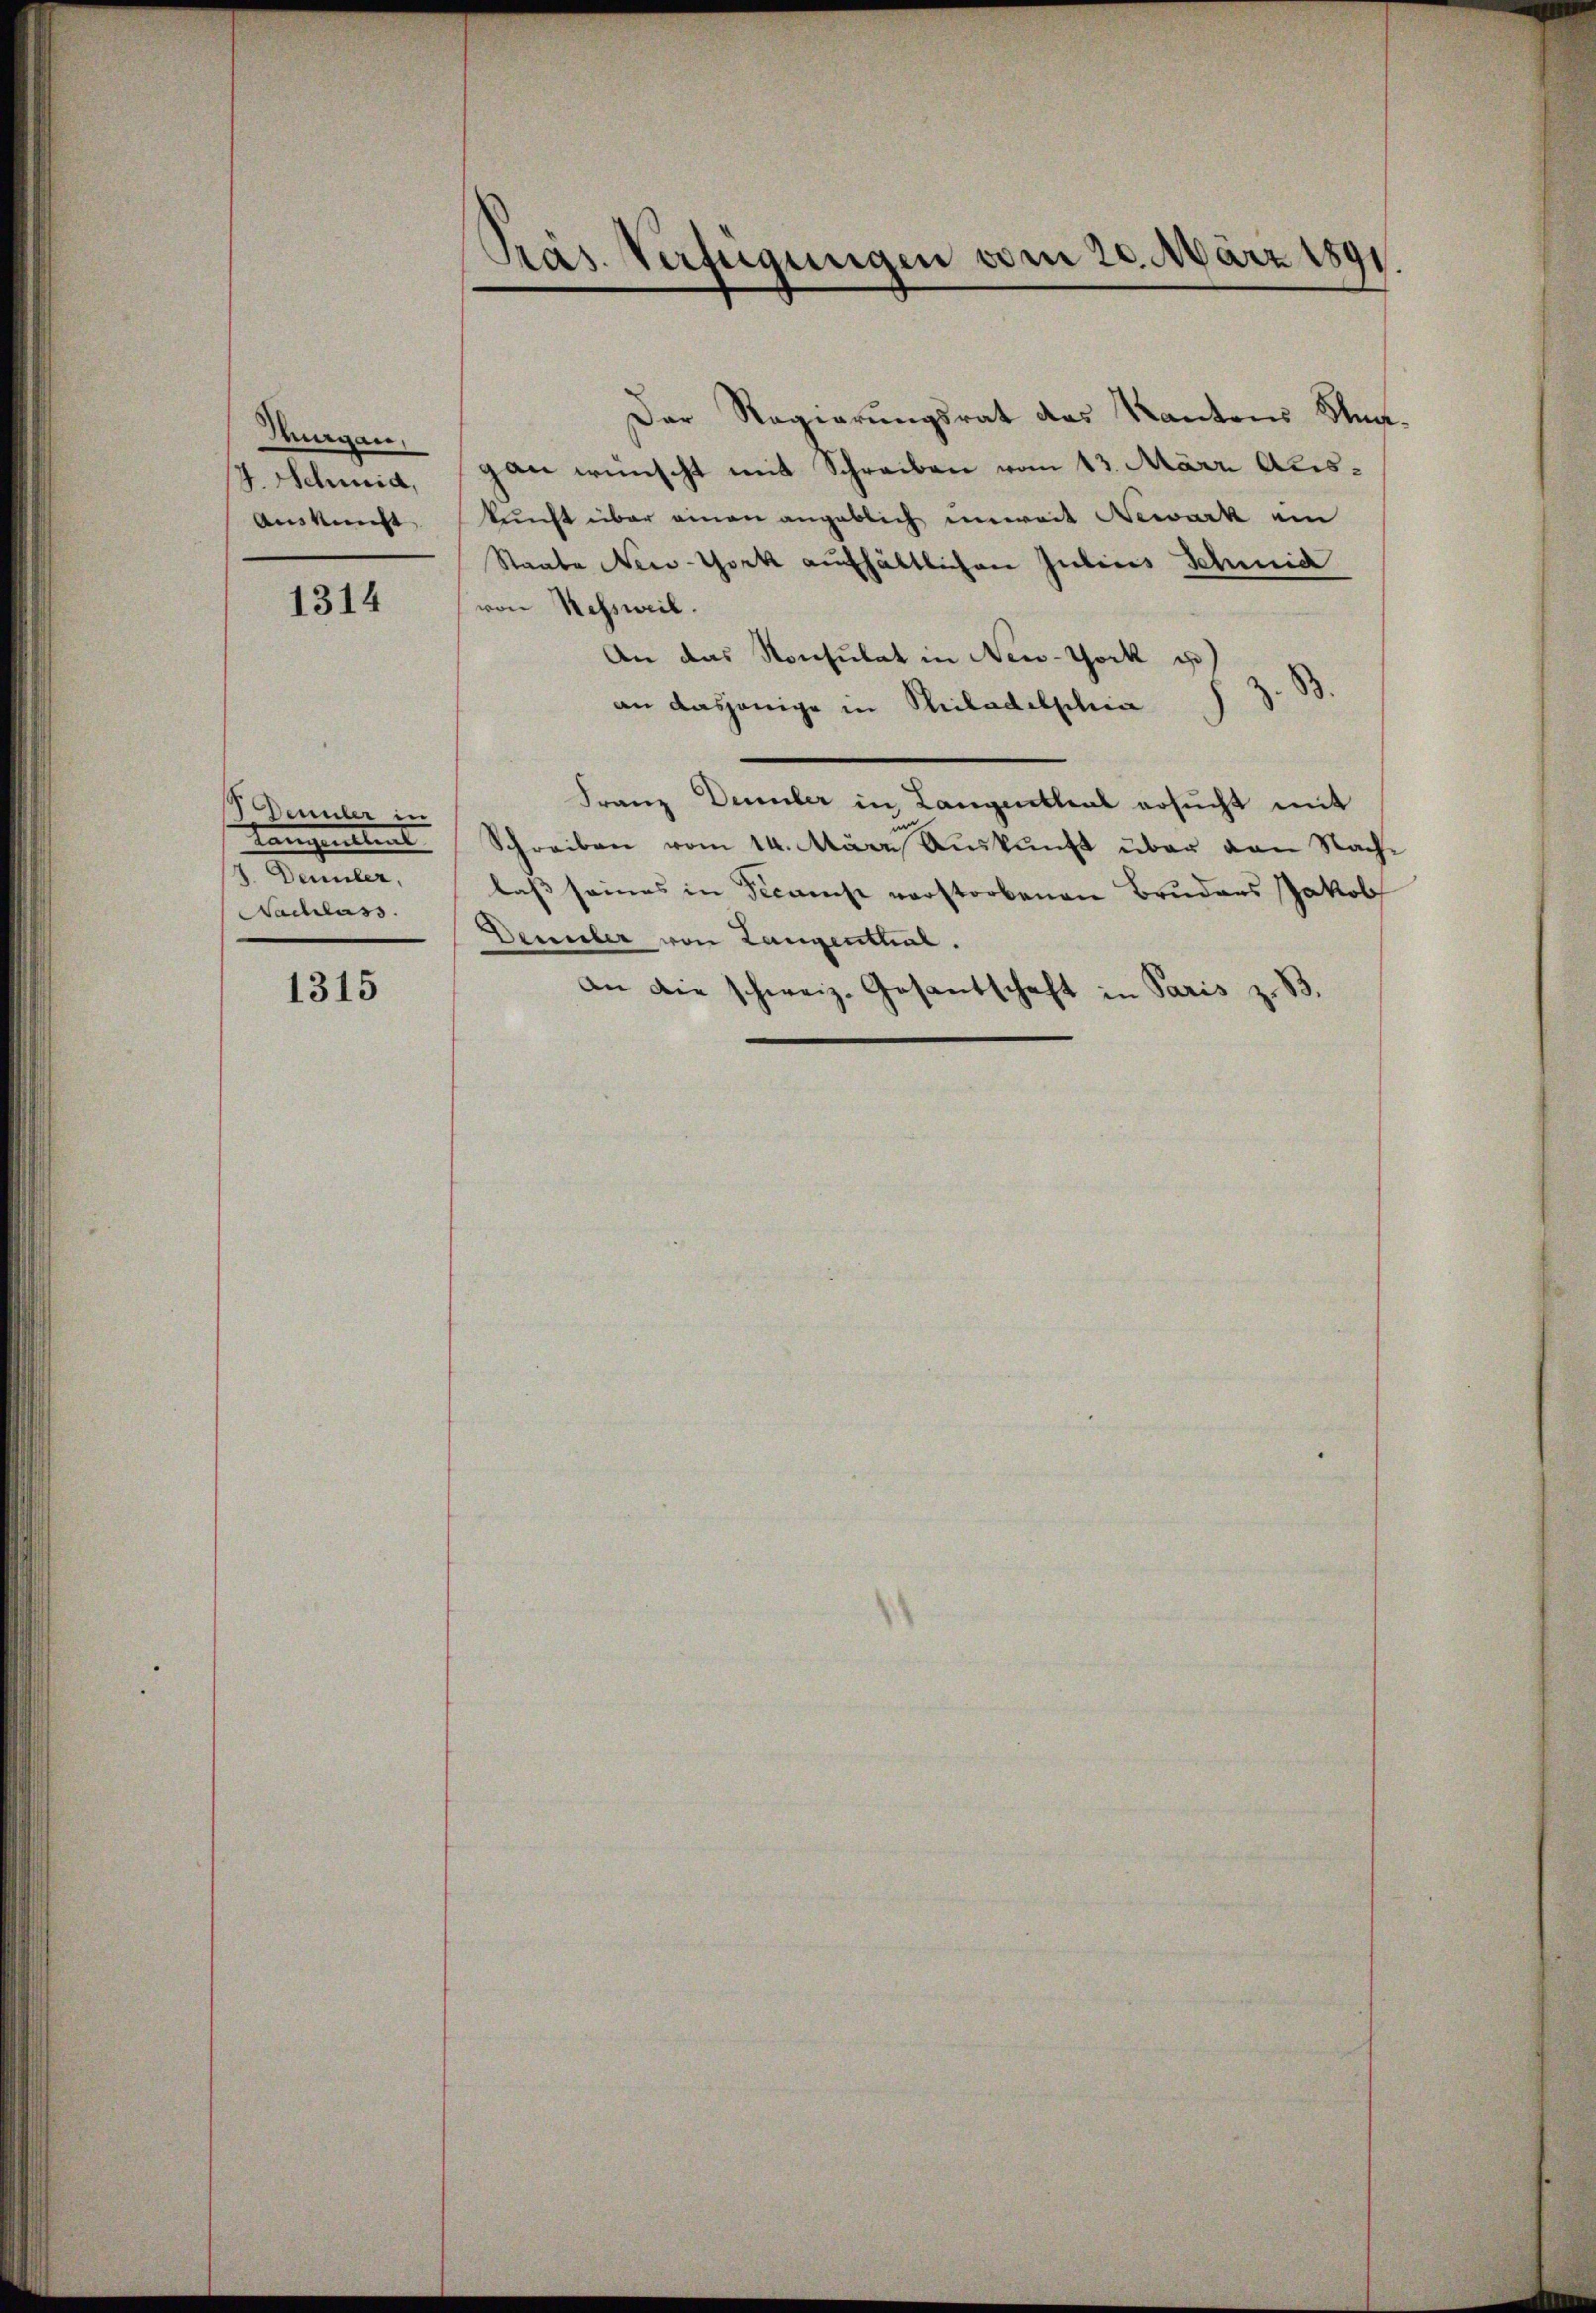
Mugan
4. Schmid,
Auskunft

1314

Denuler in
tangenstent
2. Denuler,
Nachlass.

1315

Präs. Verfügungen vom 20. März 1891.

Der Regierungsrat des Kantons Stadt-
gan wünscht mit Schreiben vom 13. März Auskunft über einen angeblich einweit Newark ein
Staate New-York aufhältlichen Julius Schmid
von Kessweil.
An das Konsulat in New-York u
z. B.
an dasjenige in Philadelphia
Franz Demmler in Langenthal ersucht mit
Schreiben vom 14. März Aŭskŭnft über von Nach-
laß seines in Decanus verstorbenen Bruders Jakob
Demler von Langenthal.
an die schweiz. Gesantschaft in Paris z. B.